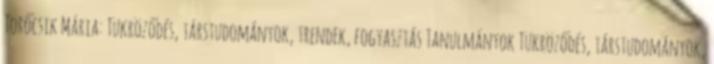
Törőcsik Mária: Tükröződés, társtudományok, trendek, fogyasztás Tanulmányok Tükröződés, társtudományok,